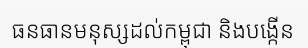
ធនធានមនុស្សដល់កម្ពុជា និងបង្កើន